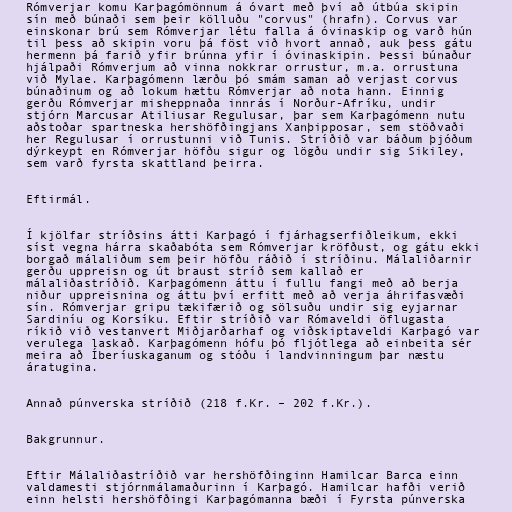
Rómverjar komu Karþagómönnum á óvart með því að útbúa skipin
sín með búnaði sem þeir kölluðu "corvus" (hrafn). Corvus var
einskonar brú sem Rómverjar létu falla á óvinaskip og varð hún
til þess að skipin voru þá föst við hvort annað, auk þess gátu
hermenn þá farið yfir brúnna yfir í óvinaskipin. Þessi búnaður
hjálpaði Rómverjum að vinna nokkrar orrustur, m.a. orrustuna
við Mylae. Karþagómenn lærðu þó smám saman að verjast corvus
búnaðinum og að lokum hættu Rómverjar að nota hann. Einnig
gerðu Rómverjar misheppnaða innrás í Norður-Afríku, undir
stjórn Marcusar Atiliusar Regulusar, þar sem Karþagómenn nutu
aðstoðar spartneska hershöfðingjans Xanþipposar, sem stöðvaði
her Regulusar í orrustunni við Tunis. Stríðið var báðum þjóðum
dýrkeypt en Rómverjar höfðu sigur og lögðu undir sig Sikiley,
sem varð fyrsta skattland þeirra.

Eftirmál.

Í kjölfar stríðsins átti Karþagó í fjárhagserfiðleikum, ekki
síst vegna hárra skaðabóta sem Rómverjar kröfðust, og gátu ekki
borgað málaliðum sem þeir höfðu ráðið í stríðinu. Málaliðarnir
gerðu uppreisn og út braust stríð sem kallað er
málaliðastríðið. Karþagómenn áttu í fullu fangi með að berja
niður uppreisnina og áttu því erfitt með að verja áhrifasvæði
sín. Rómverjar gripu tækifærið og sölsuðu undir sig eyjarnar
Sardiníu og Korsíku. Eftir stríðið var Rómaveldi öflugasta
ríkið við vestanvert Miðjarðarhaf og viðskiptaveldi Karþagó var
verulega laskað. Karþagómenn hófu þó fljótlega að einbeita sér
meira að Íberíuskaganum og stóðu í landvinningum þar næstu
áratugina.

Annað púnverska stríðið (218 f.Kr. – 202 f.Kr.).

Bakgrunnur.

Eftir Málaliðastríðið var hershöfðinginn Hamilcar Barca einn
valdamesti stjórnmálamaðurinn í Karþagó. Hamilcar hafði verið
einn helsti hershöfðingi Karþagómanna bæði í Fyrsta púnverska